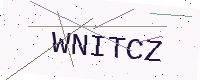
Text: WNITCZ